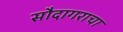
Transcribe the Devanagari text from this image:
सौदागराचा